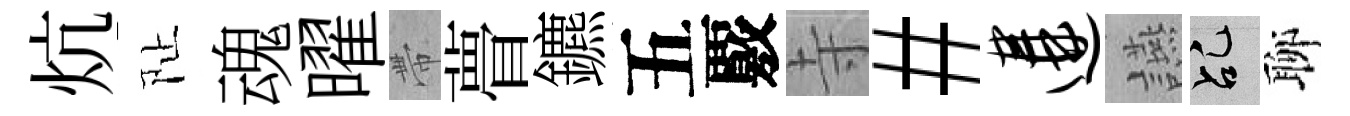
炕阯魂曜帶瞢鑣五覈寺#遘讌乩聊